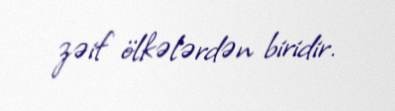
zəif ölkələrdən biridir.